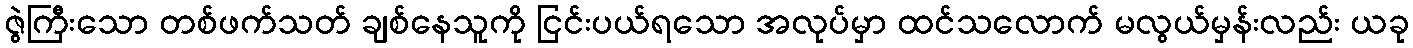
ဇွဲကြီးသော တစ်ဖက်သတ် ချစ်နေသူကို ငြင်းပယ်ရသော အလုပ်မှာ ထင်သလောက် မလွယ်မှန်းလည်း ယခု